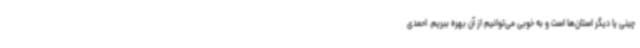
چینی یا دیگر استان‌ها است و به خوبی می‌توانیم از آن بهره ببریم. احمدی